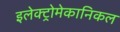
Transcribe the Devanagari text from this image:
इलेक्ट्रोमेकानिकल